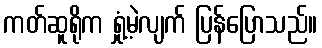
ကတ်ဆူရိုက ရှုံ့မဲ့လျက် ပြန်ပြောသည်။